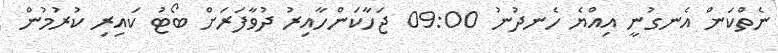
ނެތްކަން އެނގުނީ އިއްޔެ ހެނދުނު 09:00 ޖަހާކަންހާއިރު ދުވާފަރަށް ބޯޓު ކައިރި ކުރުމުން